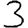
Digit: 3